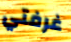
غرفتي